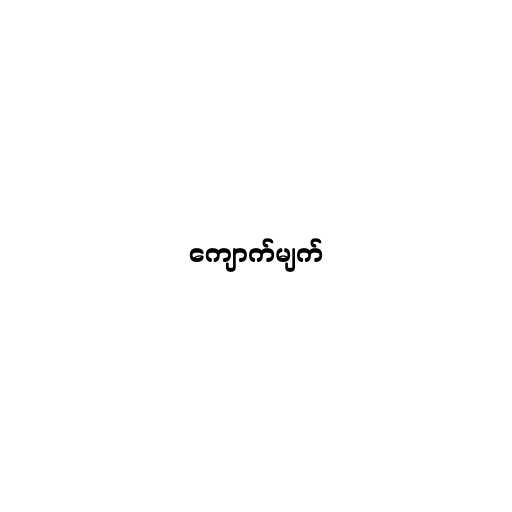
ကျောက်မျက်